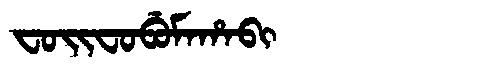
Manchu: ᠸᠣᡳᠸᠣᠪᡠᠮᠠᡥᠠᠪᡳ
Romanization: FOIFOBUMAHABI